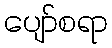
ပျော်စရာ